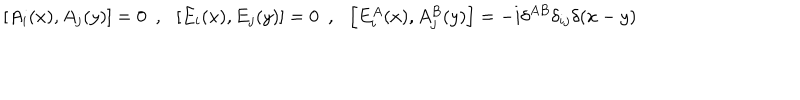
LaTeX: \left[ A _ { i } ( x ) , A _ { j } ( y ) \right] = 0 ~ ~ , ~ ~ \left[ E _ { i } ( x ) , E _ { j } ( y ) \right] = 0 ~ ~ , ~ ~ \left[ E _ { i } ^ { A } ( x ) , A _ { j } ^ { B } ( y ) \right] = - i \delta ^ { A B } \delta _ { i j } \delta ( x - y )